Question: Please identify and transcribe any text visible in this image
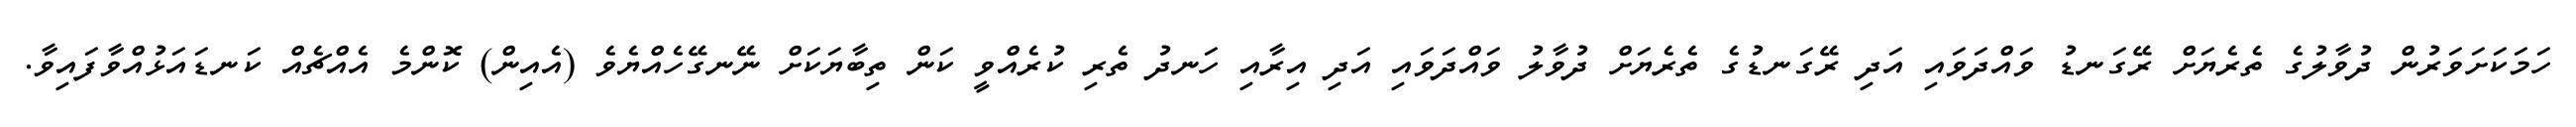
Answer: ހަމަކަށަވަރުން ދުވާލުގެ ތެރެޔަށް ރޭގަނޑު ވައްދަވައި އަދި ރޭގަނޑުގެ ތެރެޔަށް ދުވާލު ވައްދަވައި އަދި އިރާއި ހަނދު ތެރި ކުރެއްވީ ކަން ތިބާޔަކަށް ނޭނގޭހެއްޔެވެ (އެއިން) ކޮންމެ އެއްޗެއް ކަނޑައަޅުއްވާފައިވާ.